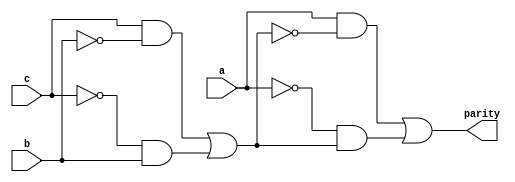
module top(a, b, c, parity);
input a, b, c;
output parity;
wire w1, w2, w3, w4, w5, w6, w7, w8, n1;

assign w1 = ~b;
assign w2 = c & w1;
assign w3 = ~c;
assign w4 = w3 & b;
assign n1 = w2 | w4;

assign w5 = ~n1;
assign w6 = a & w5;
assign w7 = ~a;
assign w8 = w7 & n1;
assign parity = w6 | w8;

endmodule